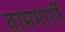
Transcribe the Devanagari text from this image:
वाममार्गी